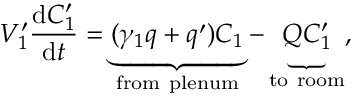
V _ { 1 } ^ { \prime } \frac { \mathrm { d } C _ { 1 } ^ { \prime } } { \mathrm { d } t } = \underbrace { ( \gamma _ { 1 } q + q ^ { \prime } ) C _ { 1 } } _ { \mathrm { f r o m \ p l e n u m } } - \underbrace { Q C _ { 1 } ^ { \prime } } _ { \mathrm { t o \ r o o m } } ,